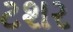
ટશર